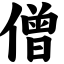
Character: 僧